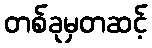
တစ်ခုမှတဆင့်